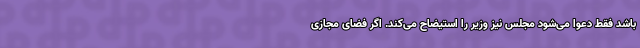
باشد فقط دعوا می‌شود مجلس نیز وزیر را استیضاح می‌کند. اگر فضای مجازی